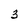
Character: 3